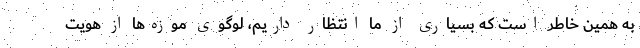
به همین خاطر است که بسیاری از ما انتظار داریم، لوگوی موزه‌ها از هویت